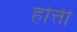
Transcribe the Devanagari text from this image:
होत्ती